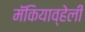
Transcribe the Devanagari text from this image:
मॅकियाव्हेली